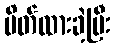
ပိတ်ထားခဲ့ပြီး